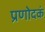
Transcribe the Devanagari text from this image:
प्रणोदकं